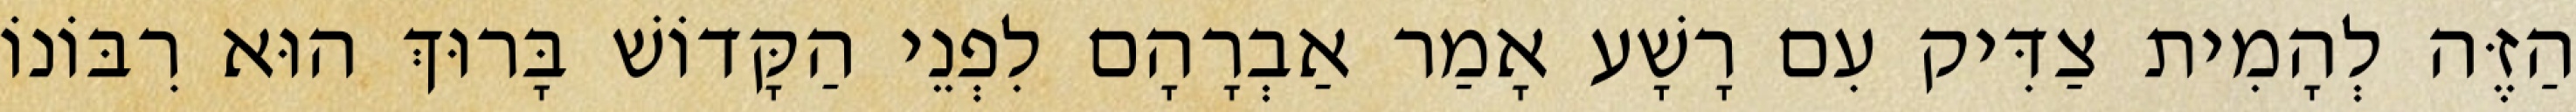
הַזֶּה לְהָמִית צַדִּיק עִם רָשָׁע אָמַר אַבְרָהָם לִפְנֵי הַקָּדוֹשׁ בָּרוּךְ הוּא רִבּוֹנוֹ